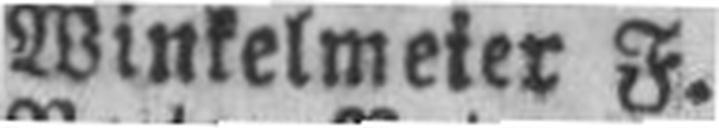
Winkelmeier F.